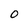
Character: 0